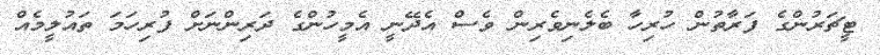
ޓީޗަރުންގެ ފަރާތުން ހުރިހާ ބެލެނިވެރިން ވެސް އެދޭނީ އެމީހުންގެ ދަރިންނަށް ފުރިހަމަ ތައުލީމެއް